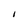
Character: I